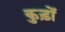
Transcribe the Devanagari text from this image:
कुड़ों